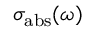
\sigma _ { \mathrm { a b s } } ( \omega )